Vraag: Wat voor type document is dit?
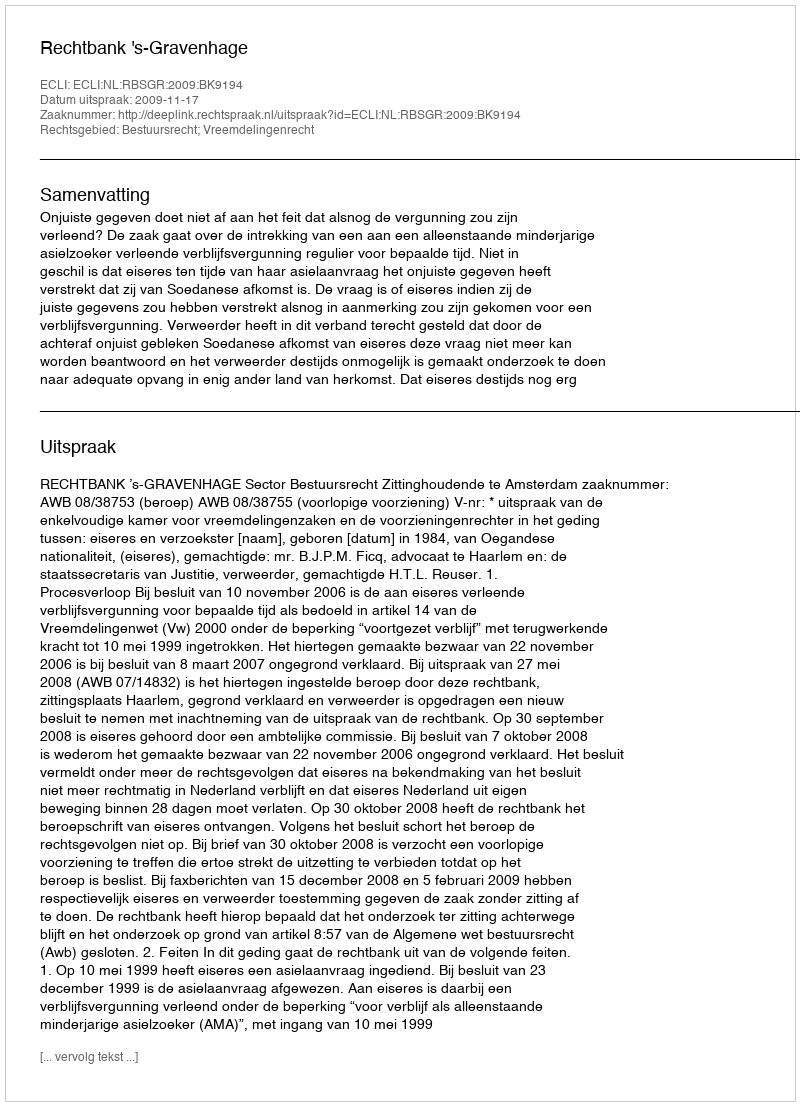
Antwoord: Uitspraak